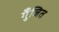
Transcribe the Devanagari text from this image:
गुँजित